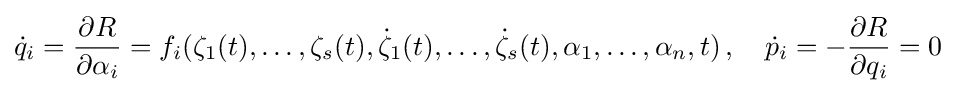
{\dot {q}}_{i}={\frac {\partial R}{\partial \alpha _{i}}}=f_{i}(\zeta _{1}(t),\ldots ,\zeta _{s}(t),{\dot {\zeta }}_{1}(t),\ldots ,{\dot {\zeta }}_{s}(t),\alpha _{1},\ldots ,\alpha _{n},t)\,,\quad {\dot {p}}_{i}=-{\frac {\partial R}{\partial q_{i}}}=0